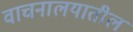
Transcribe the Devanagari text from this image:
वाचनालयातील